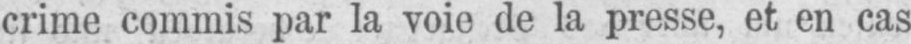
crime commis par la voie de la presse, et en cas